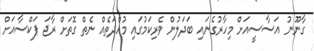
ގާނޫނު އަސާސީއަށް މިހާރުގެނައި ބަދަލުން ވެރިކަމުގައި މުއްދަތެއް ނެތް ގޮތަށް ރާޖަ ޕަކްސާއަށް